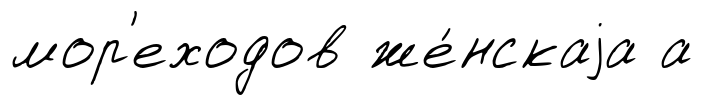
мор'еходов же́нскаjа а